Annual report of the Punjab Veterinary College and of the Civil Veterinary Department, Punjab - 1926-1932
Year: 1926
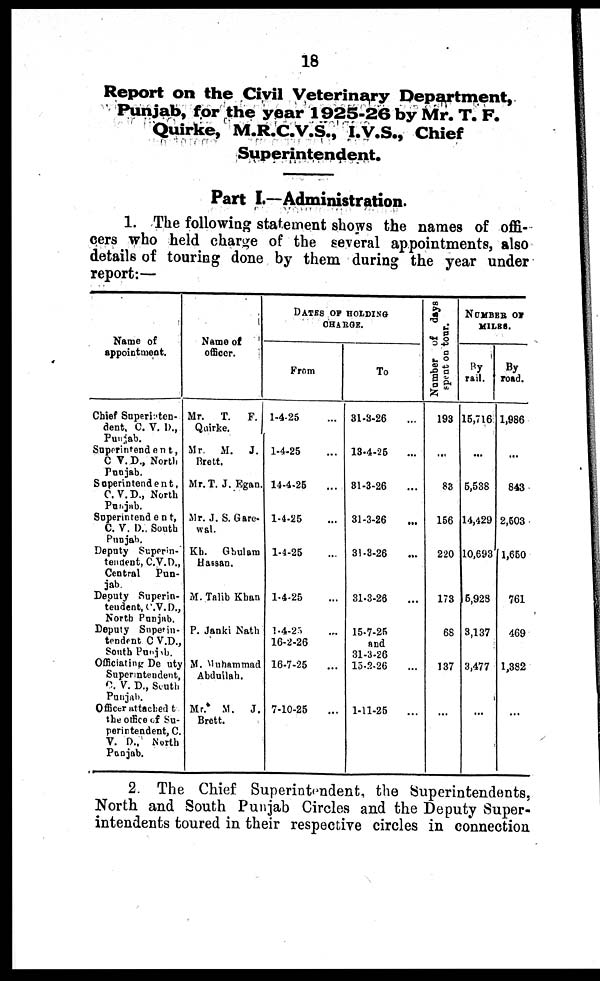
18
Report on the Civil Veterinary Department,
Punjab, for the year 1925-26 by Mr. T. F.
Quirke, M.R.C.V.S., I.V.S., Chief
Superintendent.
Part I.—Administration.
1. The following statement shows the names of offi-
cers who held charge of the several appointments, also
details of touring done by them during the year under
report:—
Name of
appointment.
Chief Superiaten-
dent. C. V. D.,
Punjab.
Superintendent,
C V. D., North
Punjab.
Superintendent,
C. V.D., North
Punjab.
Superintendent,
C. V. D., South
Punjab.
Deputy Superin-
tendent, C.V.D.,
Central
Pun-
jab.
Deputy Superin-
tendent, C.V.D.,
North Punjab.
Deputy Superin-
tendent C V.D.,
South Punjab.
Officiating De uty
Superintendent,
C. V. D., South
Punjab.
Officer attachedt
the office of Su-
perintendent, C.
V. D., North
Punjab.
Name of
officer.
Mr.
T. F.
Quirke.
Mr. M. J.
Brett.
Mr. T. J. Egan.
Mr. J. S. Gare-
wal.
Kb.
Gbulam
Hassan.
M. Talib Khan
P. Janki Nath
M. Muhammad
Abdullah.
Mr.
M. J.
Brett.
DATED OF HOLDING
CHARGE.
From
1-4-25 ...
1-4-25 ...
14-4-25 ...
1-4-25 ...
1-4-25 ...
1-4-25 ...
1-4-25 ...
16-2-26
16-7-25 ...
7-10-25 ...
To
31-3-26 ...
13-4-25 ...
31-3-26 ...
31-3-26 ...
31-3-26 ...
31-3-26 ...
15-7-25
and
31-3-26
15-2-26 ...
1-11-25 ...
Number of days
spent on tour.
193
...
83
156
220
173
68
137
...
NUMBER OF
MILES.
By
rail.
15,716
...
5,538
14,429
10,693
5,923
3,137
3,477
...
By
road.
1,986
...
843
2,503
1,650
761
469
1,382
...
2 The Chief Superintendent, the Superintendents.
North and South Punjab Circles and the Deputy Super-
intendents toured in their respective circles in connection